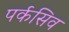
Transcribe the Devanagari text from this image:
पर्कसिव